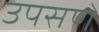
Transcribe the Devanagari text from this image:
उपसणें